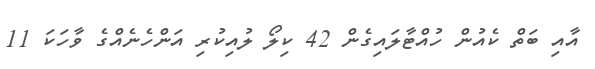
އާއި ބަތް ކެއުން ހުއްޓާލައިގެން 42 ކިލޯ ލުއިކުރި އަންހެނެއްގެ ވާހަކަ 11